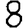
Digit: 8